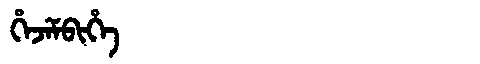
Manchu: ᡥᡝᠵᡝᠮᠪᡳᡥᡝ
Romanization: HEJEMBIHE